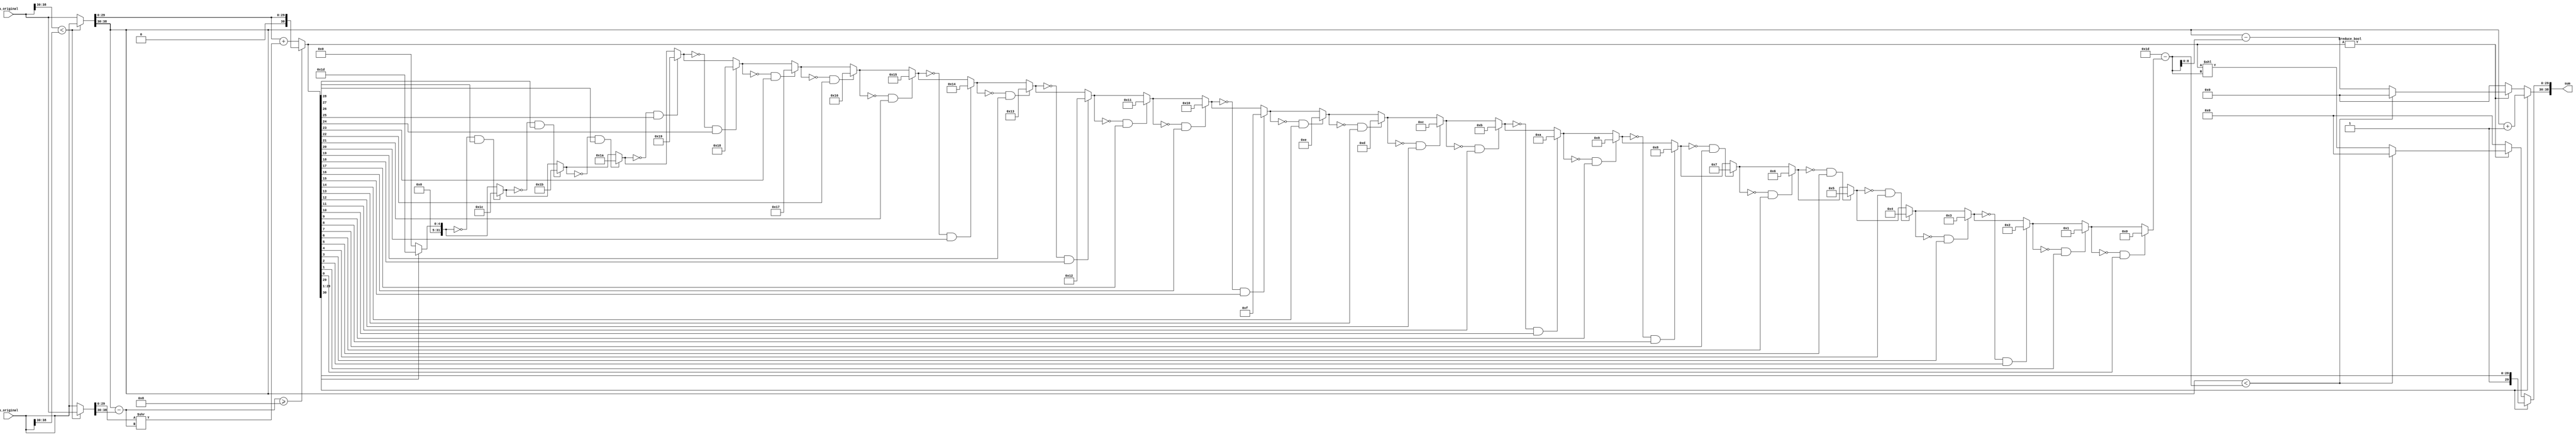
module fp_adder(sum, a_original, b_original);
	input 	[38:0] 	a_original, b_original; 
	output 	[38:0] 	sum;
	
	reg 	[8:0]	sumexp;
	reg 	[30:0]	sumsig;

	reg 	[38:0]	a, b;
	reg 	[30:0]  asig, bsig;
	reg 	[8:0]  	aexp, bexp;
	reg 	[8:0]  	diff;
	
	// to assign the output
	assign sum[38:30] = sumexp;
	assign sum[29:0] = sumsig;

	// to compute the sum
	always @(a_original or b_original) begin
		// copy inputs to a and b so that a's exponent not smaller than b's
		if (a_original[38:30] < b_original[38:30]) begin
			a = b_original;  b = a_original;
		end 
		else begin
			a = a_original;  b = b_original;
		end

		// break operand into exponent and significand
		aexp = a[38:30];			bexp = b[38:30];
		asig = {1'b0, a[29:0]};		bsig = {1'b0, b[29:0]};		

		// denormalize b so that exp aexp = bexp
		diff = aexp - bexp;
		bsig = bsig >> diff;

		// compute sum
		sumsig = asig + bsig;

		// normalize the sum
		if (diff >= 8) begin
			// case 0: diff very big. b has no effect on a.

			sumexp = aexp;
			sumsig = asig;
		end
		if (sumsig[30]) begin
			// case 1: sum overflow
			// right shift significand, increment exponent

			sumexp = aexp + 1;
			sumsig = sumsig >> 1;		
		end 
		else if (sumsig) begin:A
			// case 2: sum is nonzero and did not overflow
			// In this case, we normalize

			integer pos, adj, i;
			
			// find position of first nonzero digit
			pos = 0;
			for (i = 29; i >= 0; i=i-1) if ( !pos && sumsig[i] ) pos = i;
			
			// compute shift amount and reduce exponent
			adj = 29 - pos;
			if (aexp < adj) begin
				// exponent too small, fp underflow, set to zero
				sumexp = 0;
				sumsig = 0;
			end
			else begin
				// adjust significand and exponent
				sumexp = aexp - adj;
				sumsig = sumsig << adj;
			end
		end
		else begin
			// sum is zero

			sumexp = 0;
			sumsig = 0;
		end
	end
endmodule